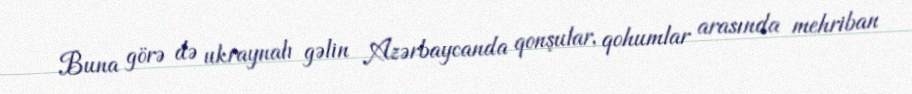
Buna görə də ukraynalı gəlin Azərbaycanda qonşular, qohumlar arasında mehriban